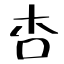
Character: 杏